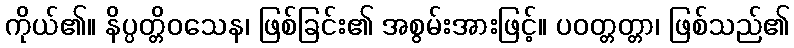
ကိုယ်၏။ နိပ္ပတ္တိဝသေန၊ ဖြစ်ခြင်း၏ အစွမ်းအားဖြင့်။ ပဝတ္တတ္တာ၊ ဖြစ်သည်၏